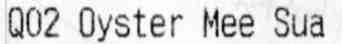
Q02 OYSTER MEE SUA